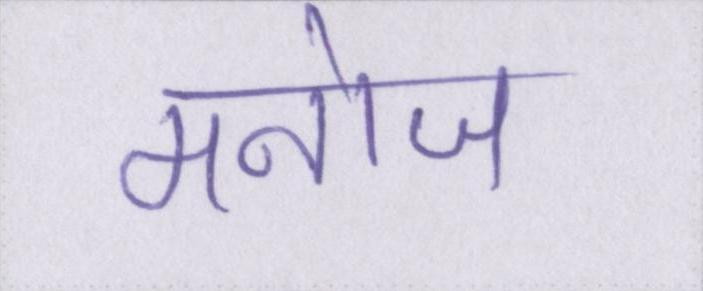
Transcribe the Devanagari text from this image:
मनोज